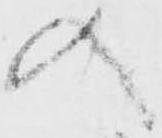
入